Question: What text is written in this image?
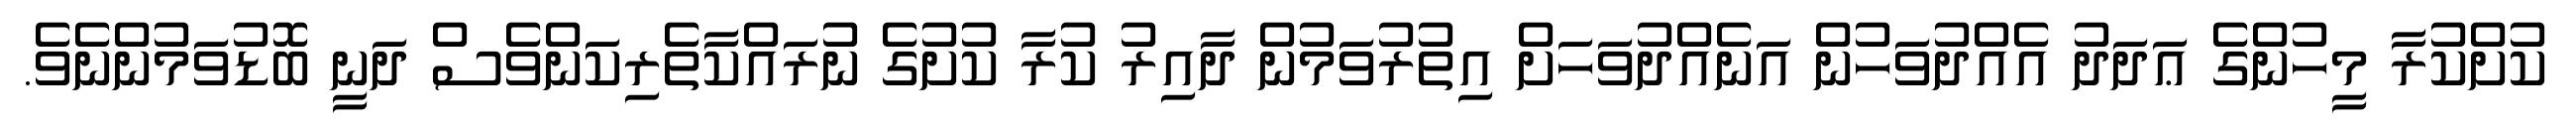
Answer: ކުށްކުރާ މީހުންގެ ޢަދަދު އެއްދުވަހުން އަނެއްދުވަހަށް އިތުރުވަމުން ދާއިރު ކުރާ ކުށުގެ ނުރައްކާތެރިކަންވެސް ދަނީ ބޮޑުވަމުންނެވެ.